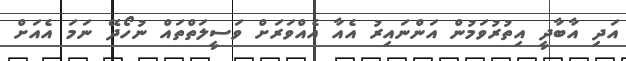
އަދި އާބާދީ އިތުރުވަމުން އަންނައިރު އެއާ އެއްވަރަށް ވަސީލަތްތައް ނުހޯދޭ ނަމަ އެއަށް